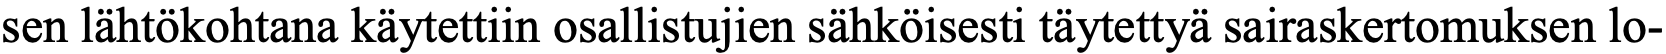
sen lähtökohtana käytettiin osallistujien sähköisesti täytettyä sairaskertomuksen lo-